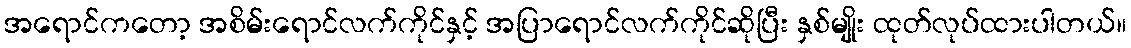
အရောင်ကတော့ အစိမ်းရောင်လက်ကိုင်နှင့် အပြာရောင်လက်ကိုင်ဆိုပြီး နှစ်မျိုး ထုတ်လုပ်ထားပါတယ်။